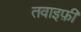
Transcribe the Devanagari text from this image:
तवाइफ़ी